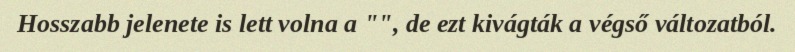
Hosszabb jelenete is lett volna a "", de ezt kivágták a végső változatból.